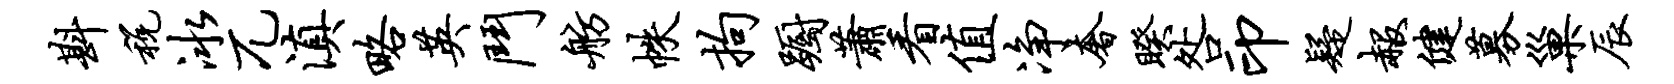
斟税冰兀滇略英斗舫帙拘蹰萧看值净奢睽咎印疑赧健募巢辰